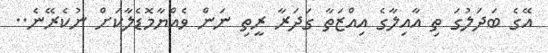
އޭގެ ބަދަލުގަ ތި އާއިލާގެ އިއްޒަތާ ގަދަރާ ރީތި ނަން ވެއްޔާމޮޑެލާކަށް ނުކެރޭނެ..